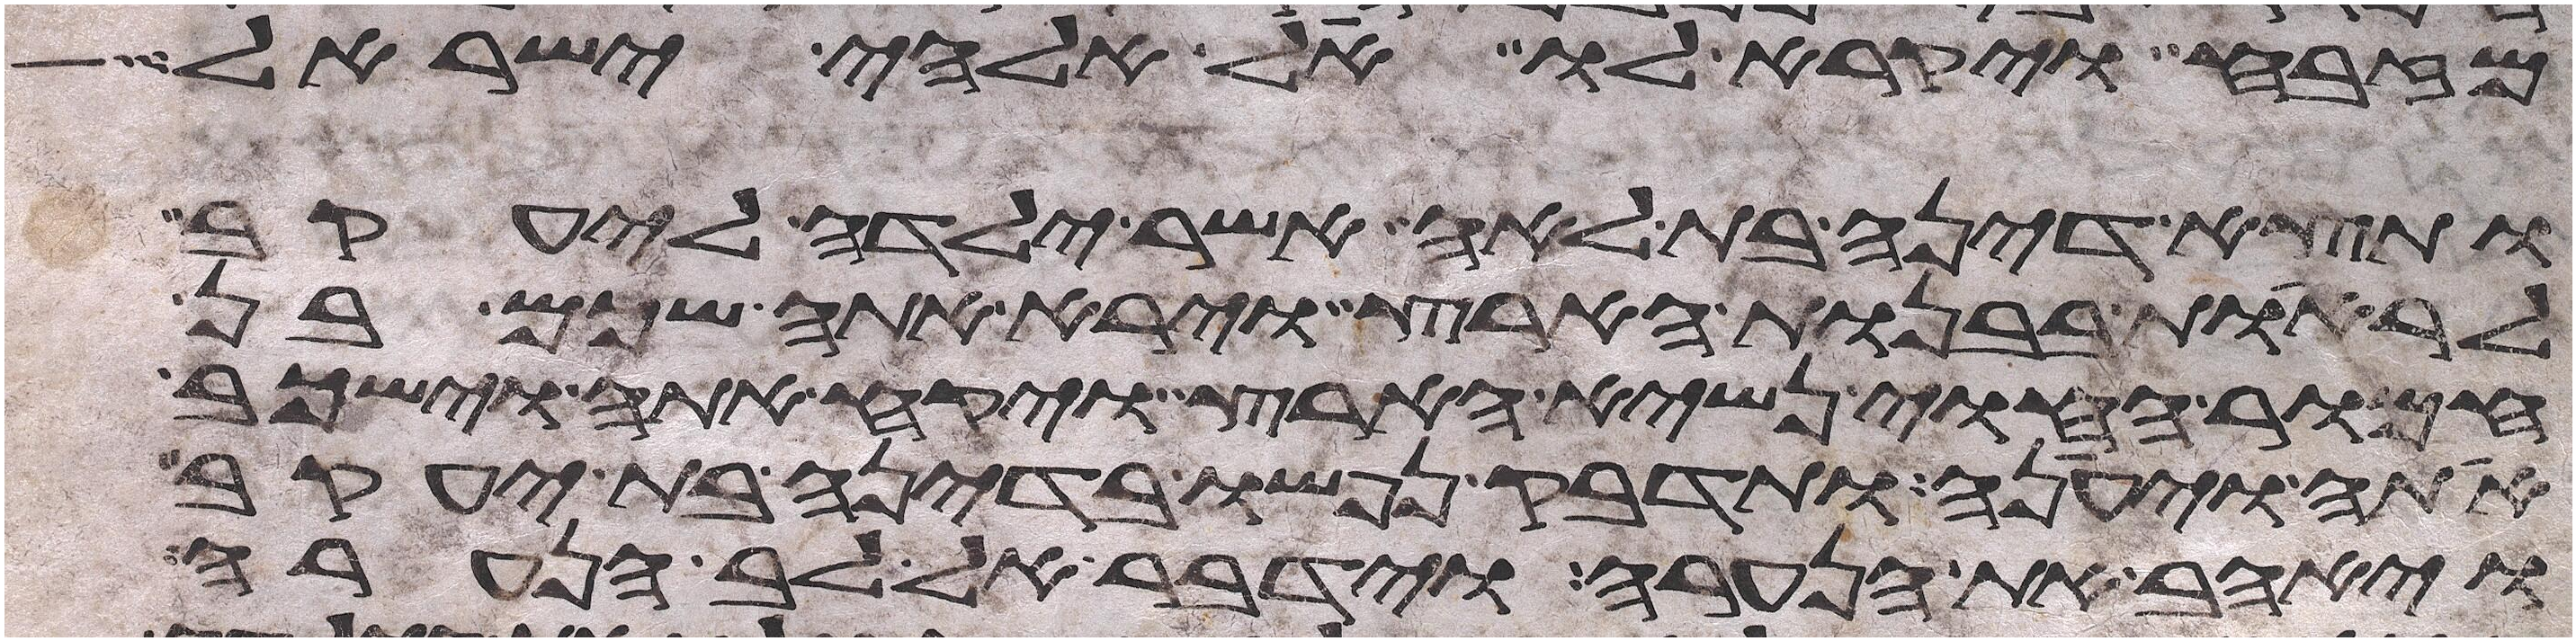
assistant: מזבח ויקרא לו אל אלהי ישראל
ותצא דינה בת לאה אשר ילדה ליעקב
להראות בבנות הארץ וירא אתה שכם בן
חמור החוי נשיא הארץ ויקח אתה וישכב
אתה ויענה ותדבק נפשו בדינה בת יעקב
ויאהב את הנערה וידבר אל לב הנערה